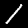
Label: 1